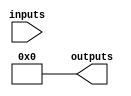
module HS_PAL (
    input wire [N-1:0] inputs,  // N input lines
    output wire [M-1:0] outputs  // M output lines
);

// Parameters for the number of inputs and outputs
parameter N = 8; // Number of input lines
parameter M = 4; // Number of output lines
parameter P = 4; // Number of product terms (AND gates)

// Programmable AND array
wire [P-1:0] and_out; // Outputs of AND gates
wire [N-1:0] and_inputs[P-1:0]; // Programmable inputs for each AND gate

// Example of programming the AND gates
assign and_inputs[0] = {inputs[0], inputs[1], inputs[2], 1'b0}; // Example: AND gate 0 uses inputs 0, 1, 2
assign and_inputs[1] = {inputs[1], inputs[3], 1'b0, 1'b0}; // Example: AND gate 1 uses inputs 1, 3
assign and_inputs[2] = {inputs[2], inputs[4], inputs[5], 1'b0}; // Example: AND gate 2 uses inputs 2, 4, 5
assign and_inputs[3] = {inputs[6], inputs[7], 1'b0, 1'b0}; // Example: AND gate 3 uses inputs 6, 7

// AND gate implementation
genvar i;
generate
    for (i = 0; i < P; i = i + 1) begin : and_gates
        assign and_out[i] = &and_inputs[i]; // AND operation
    end
endgenerate

// Fixed OR array
assign outputs[0] = and_out[0] | and_out[1]; // Output 0 combines AND gate 0 and 1
assign outputs[1] = and_out[2] | and_out[3]; // Output 1 combines AND gate 2 and 3
assign outputs[2] = and_out[0] | and_out[2]; // Output 2 combines AND gate 0 and 2
assign outputs[3] = and_out[1] | and_out[3]; // Output 3 combines AND gate 1 and 3

endmodule